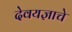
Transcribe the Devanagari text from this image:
देवयज्ञाचे